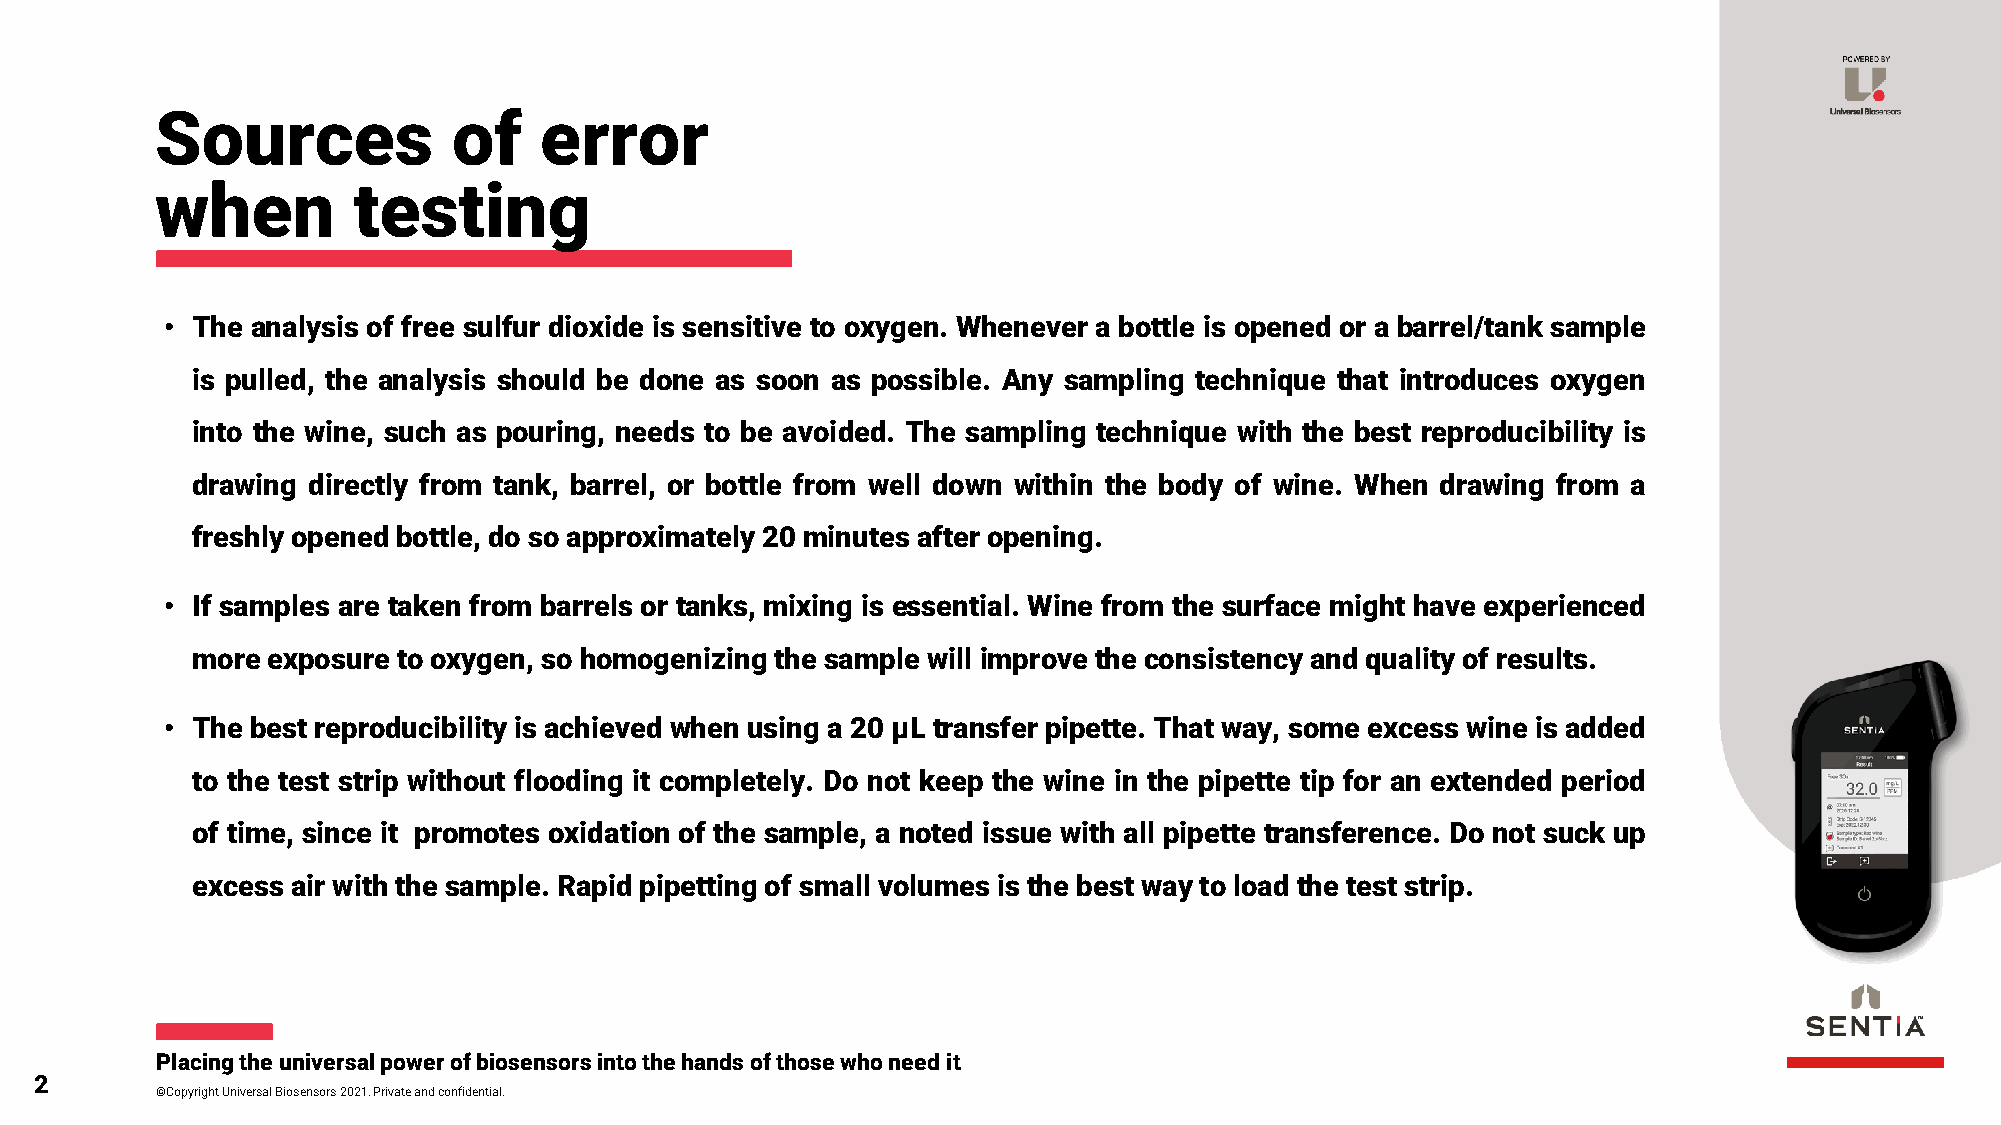
Sources             of    error
 when         testing
 • The analysis of free sulfur dioxide is sensitive to oxygen. Whenever a bottle is opened or a barrel/tank sample
 is pulled, the analysis should be done as soon as possible. Any sampling technique that introduces oxygen
 into the wine, such as pouring, needs to be avoided. The sampling technique with the best reproducibility is
 drawing directly from tank, barrel, or bottle from well down within the body of wine. When drawing from a
 freshly opened bottle, do so approximately 20 minutes after opening.
 • If samples are taken from barrels or tanks, mixing is essential. Wine from the surface might have experienced
 more exposure to oxygen, so homogenizing the sample will improve the consistency and quality of results.
 • The best reproducibility is achieved when using a 20 µL transfer pipette. That way, some excess wine is added
 to the test strip without flooding it completely. Do not keep the wine in the pipette tip for an extended period
 of time, since it promotes oxidation of the sample, a noted issue with all pipette transference. Do not suck up
 excess air with the sample. Rapid pipetting of small volumes is the best way to load the test strip.
 Placing the universal power of biosensors into the hands of those who need it
 2
 ©Copyright Universal Biosensors 2021. Private and confidential.